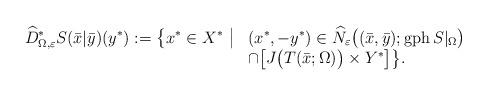
LaTeX: \begin{align*}\begin{array}{ll}\widehat D_{\Omega,\varepsilon}^* S(\bar x|\bar y)(y^*):=\big\{x^*\in X^*~\big|&(x^*,-y^*)\in\widehat N_\varepsilon\big((\bar x,\bar y);\operatorname{gph} S|_\Omega\big)\\&\cap\big[J\big(T(\bar x;\Omega)\big)\times Y^*\big]\big\}.\end{array}\end{align*}